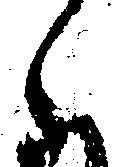
々